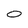
Character: 0